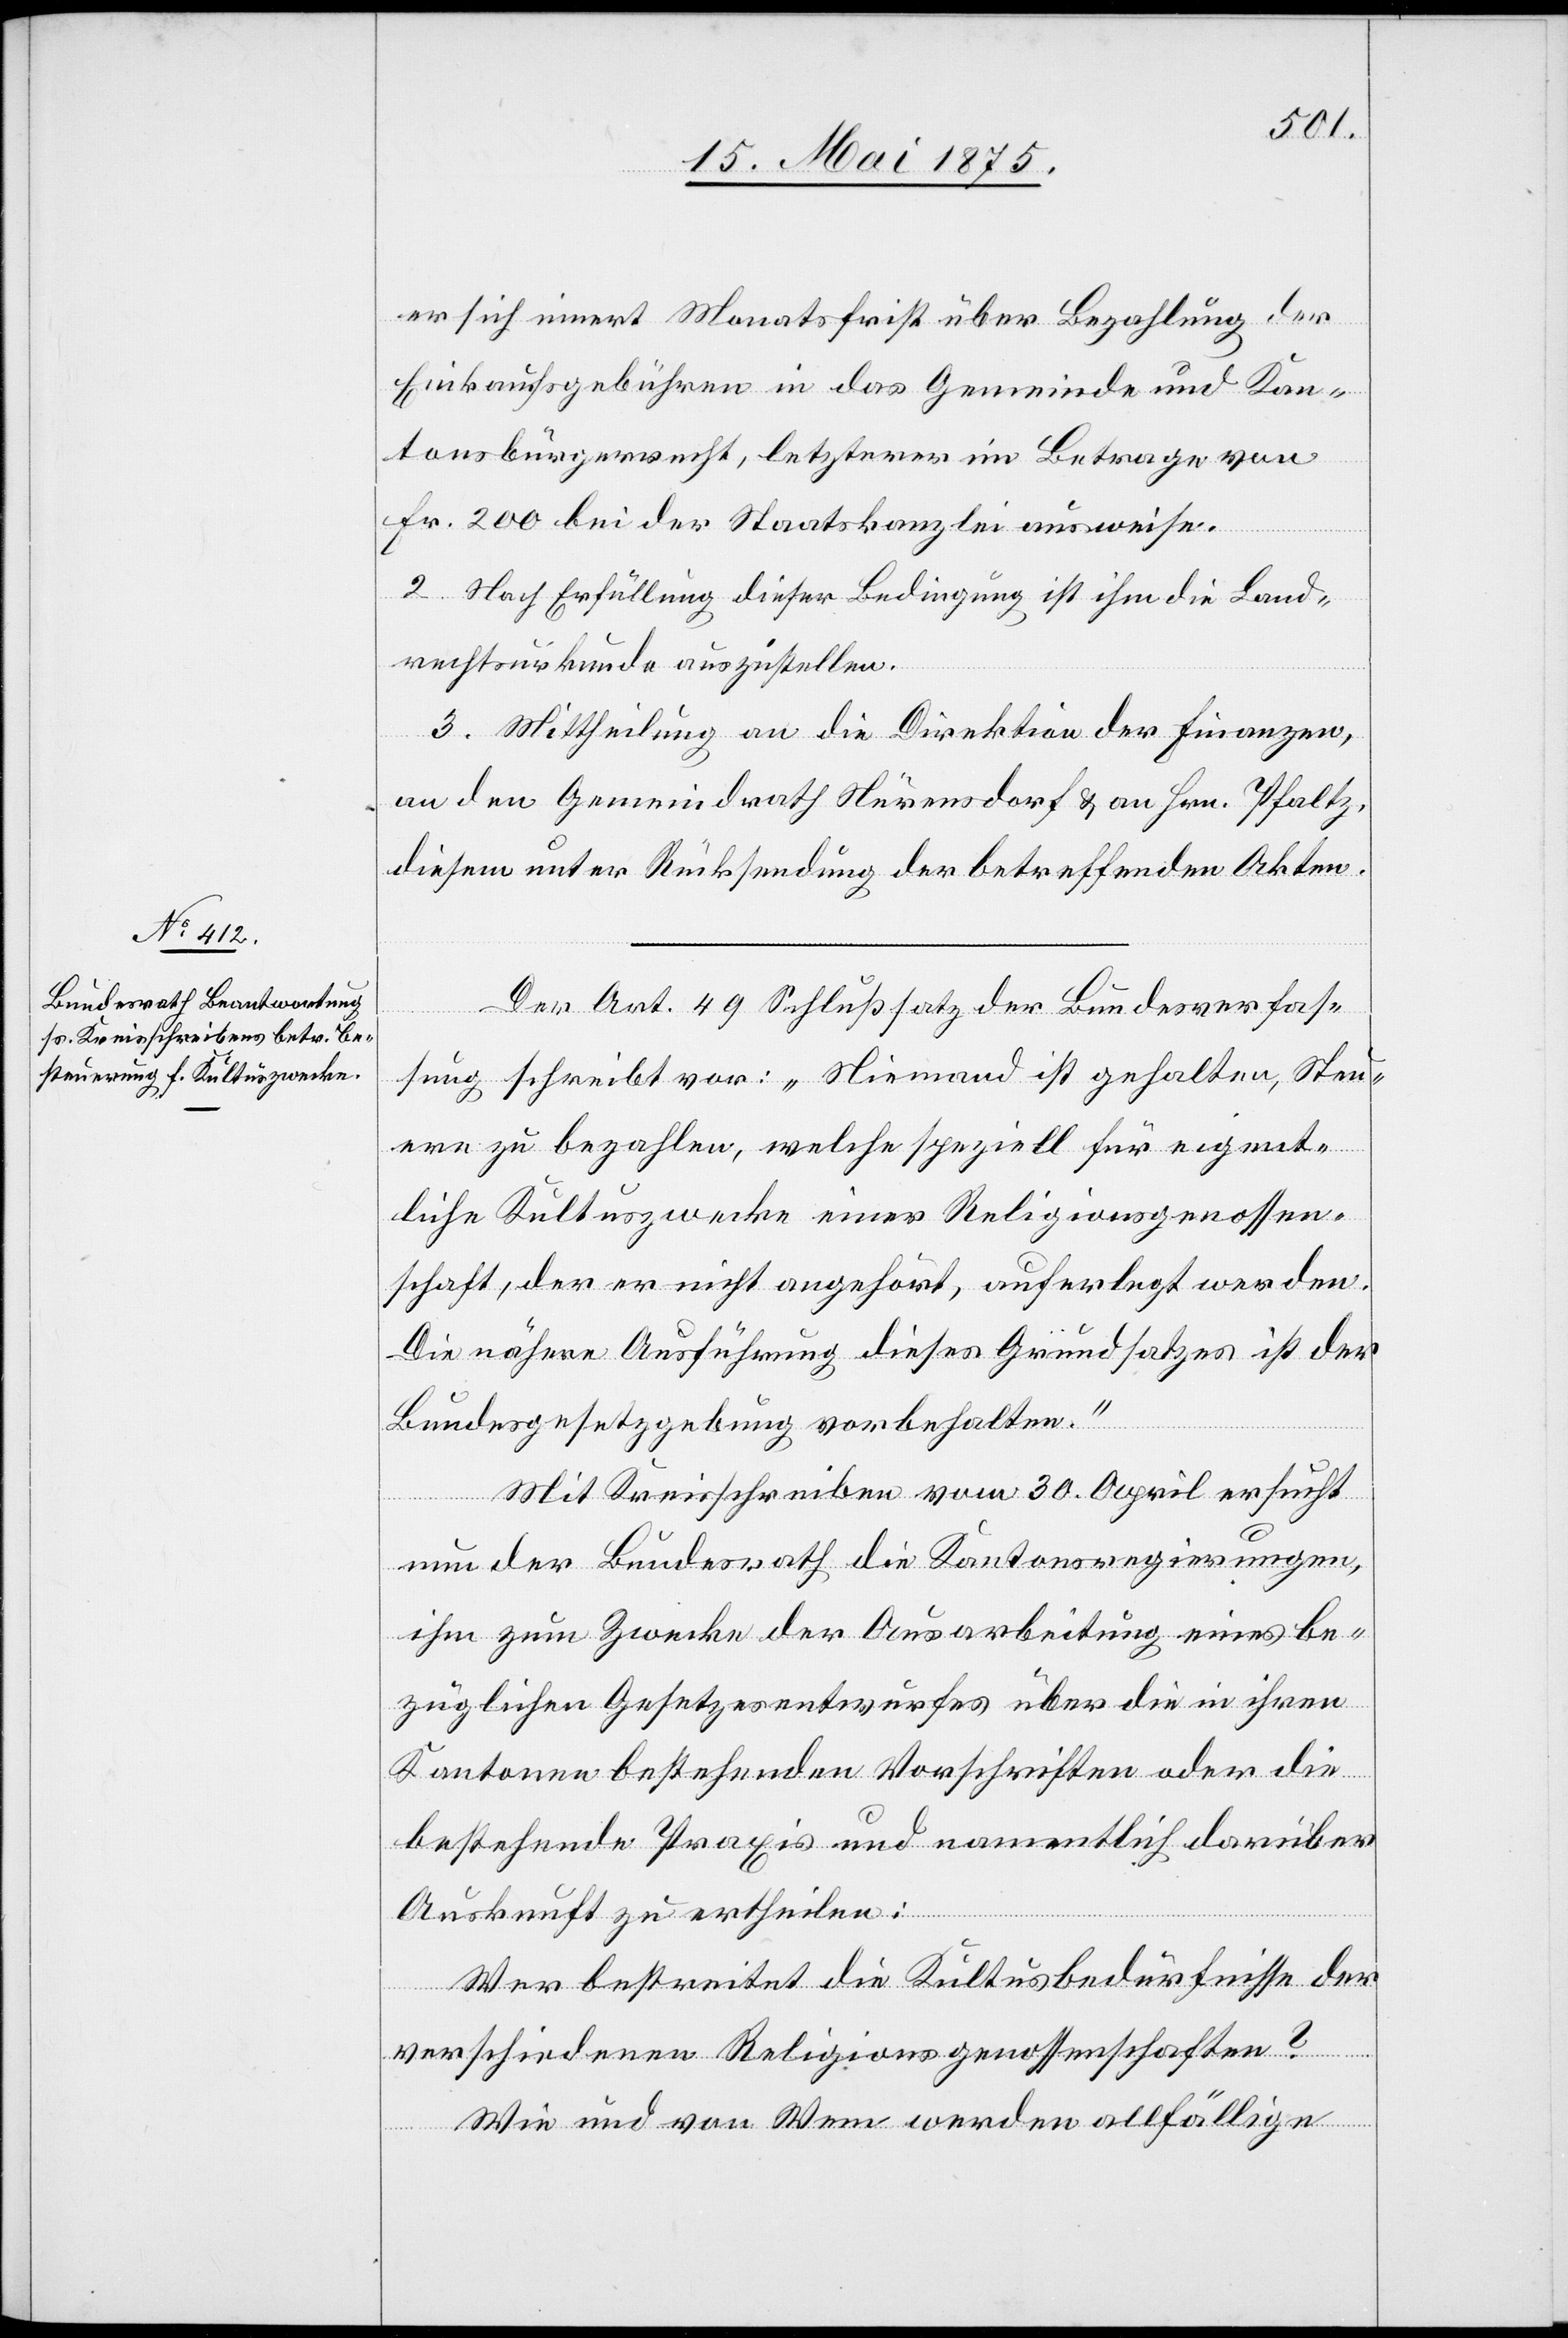
Einkaufsgebühren ins Gemeinde- & Kan¬
tonsbürgerrecht, letzterer im Betrage von
frist bei der Staatskanzlei ausweise.
2. Nach Erfüllung dieser Bedingung ist ihm die Land¬
rechtsurkunde auszustellen.
3. Mittheilung an die Direktion der Finanzen,
diesem unter Rücksendung der betreffenden Akten.
Petenten,
Der Art. 49 Schlußsatz der Bundesverfas¬
sung schreibt vor: „Niemand ist gehalten, Steu¬
ern zu bezahlen, welche speziell für eigent¬
liche Kulturzwecke einer Religionsgenossen¬
schaft, der er nicht angehört, auferlegt werden.
Die nähere Ausführung dieses Grundsatzes ist der
Bundesgesetzgebung vorbehalten.“
Mit Kreisschreiben vom 30. April ersucht
den
nun der Bundesrath die Kantonsregierungen,
ihm zum Zwecke der Ausarbeitung eines be¬
züglichen Gesetzesentwurfes über die in ihren
Kantonen bestehenden Vorschriften oder die
bestehende Praxis und namentlich darüber
Auskunft zu ertheilen:
Wer bestreitet die Kulturbedürfnisse der
verschiedenen Religionsgenossenschaften?
Wie und von Wem werden allfällige